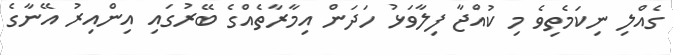
ގެއްލި ނިކަމެތިވެ މި ކުއްޖާ ފިލާވަޅު ހަދަން އިމާރާތެއްގެ ބޭރުގައި އިންއިރު އޭނާގެ